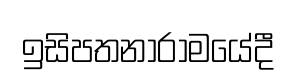
ඉසිපතනාරාමයේදී